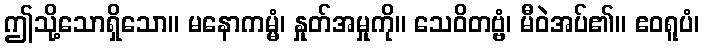
ဤသို့သောရှိသော။ မနောကမ္မံ၊ နှုတ်အမှုကို။ သေဝိတဗ္ဗံ၊ မီဝဲအပ်၏။ ဧဝရူပံ၊